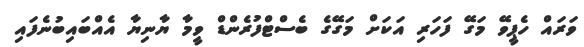
ވަރައް ހެޕީވޭ މަގޭ ފަހަރި އަކަށް މަގޭގެ ބެސްޓްފުރެންޑް ވީމާ ޔާނިޔާ އެއްބައިބުނެފައި